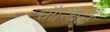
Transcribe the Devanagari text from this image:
चौन्चिल